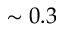
\sim 0 . 3